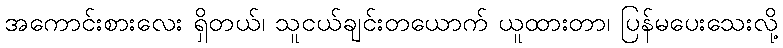
အကောင်းစားလေး ရှိတယ်၊ သူငယ်ချင်းတယောက် ယူထားတာ၊ ပြန်မပေးသေးလို့